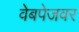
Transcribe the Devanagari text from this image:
वेबपेजवर